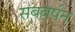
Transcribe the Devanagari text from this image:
सबवर्षन